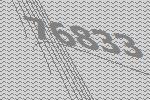
76833